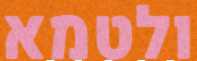
ולטמא